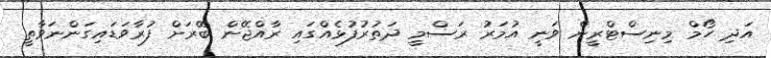
އަދި ހޯމް މިނިސްޓްރީން ވަނީ އުމަރު ރަސްމީ ދަތުރުފުޅެއްގައި ރާއްޖޭން ބޭރަށް ފުރާވަޑައިގަންނަވާތީ